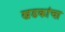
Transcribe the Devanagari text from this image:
खडकांचा